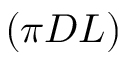
( \pi D L )